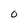
Character: 0